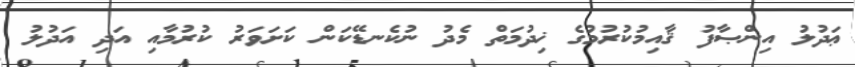
ޢަދުލު އިންޞާފު ޤާއިމުކުރުމުގެ ޚިދުމަތް މެދު ނުކެނޑޭކަން ކަށަވަރު ކުރުމާއި އަދި އަދުލު